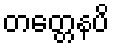
တတ္တေနပိ